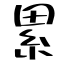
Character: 累